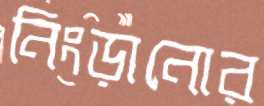
নিংড়ানোর